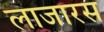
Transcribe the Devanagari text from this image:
लाजारस